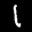
Label: 1